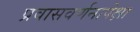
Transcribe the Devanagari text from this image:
प्रवासवर्णनापेक्षा